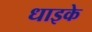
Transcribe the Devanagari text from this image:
धाइके